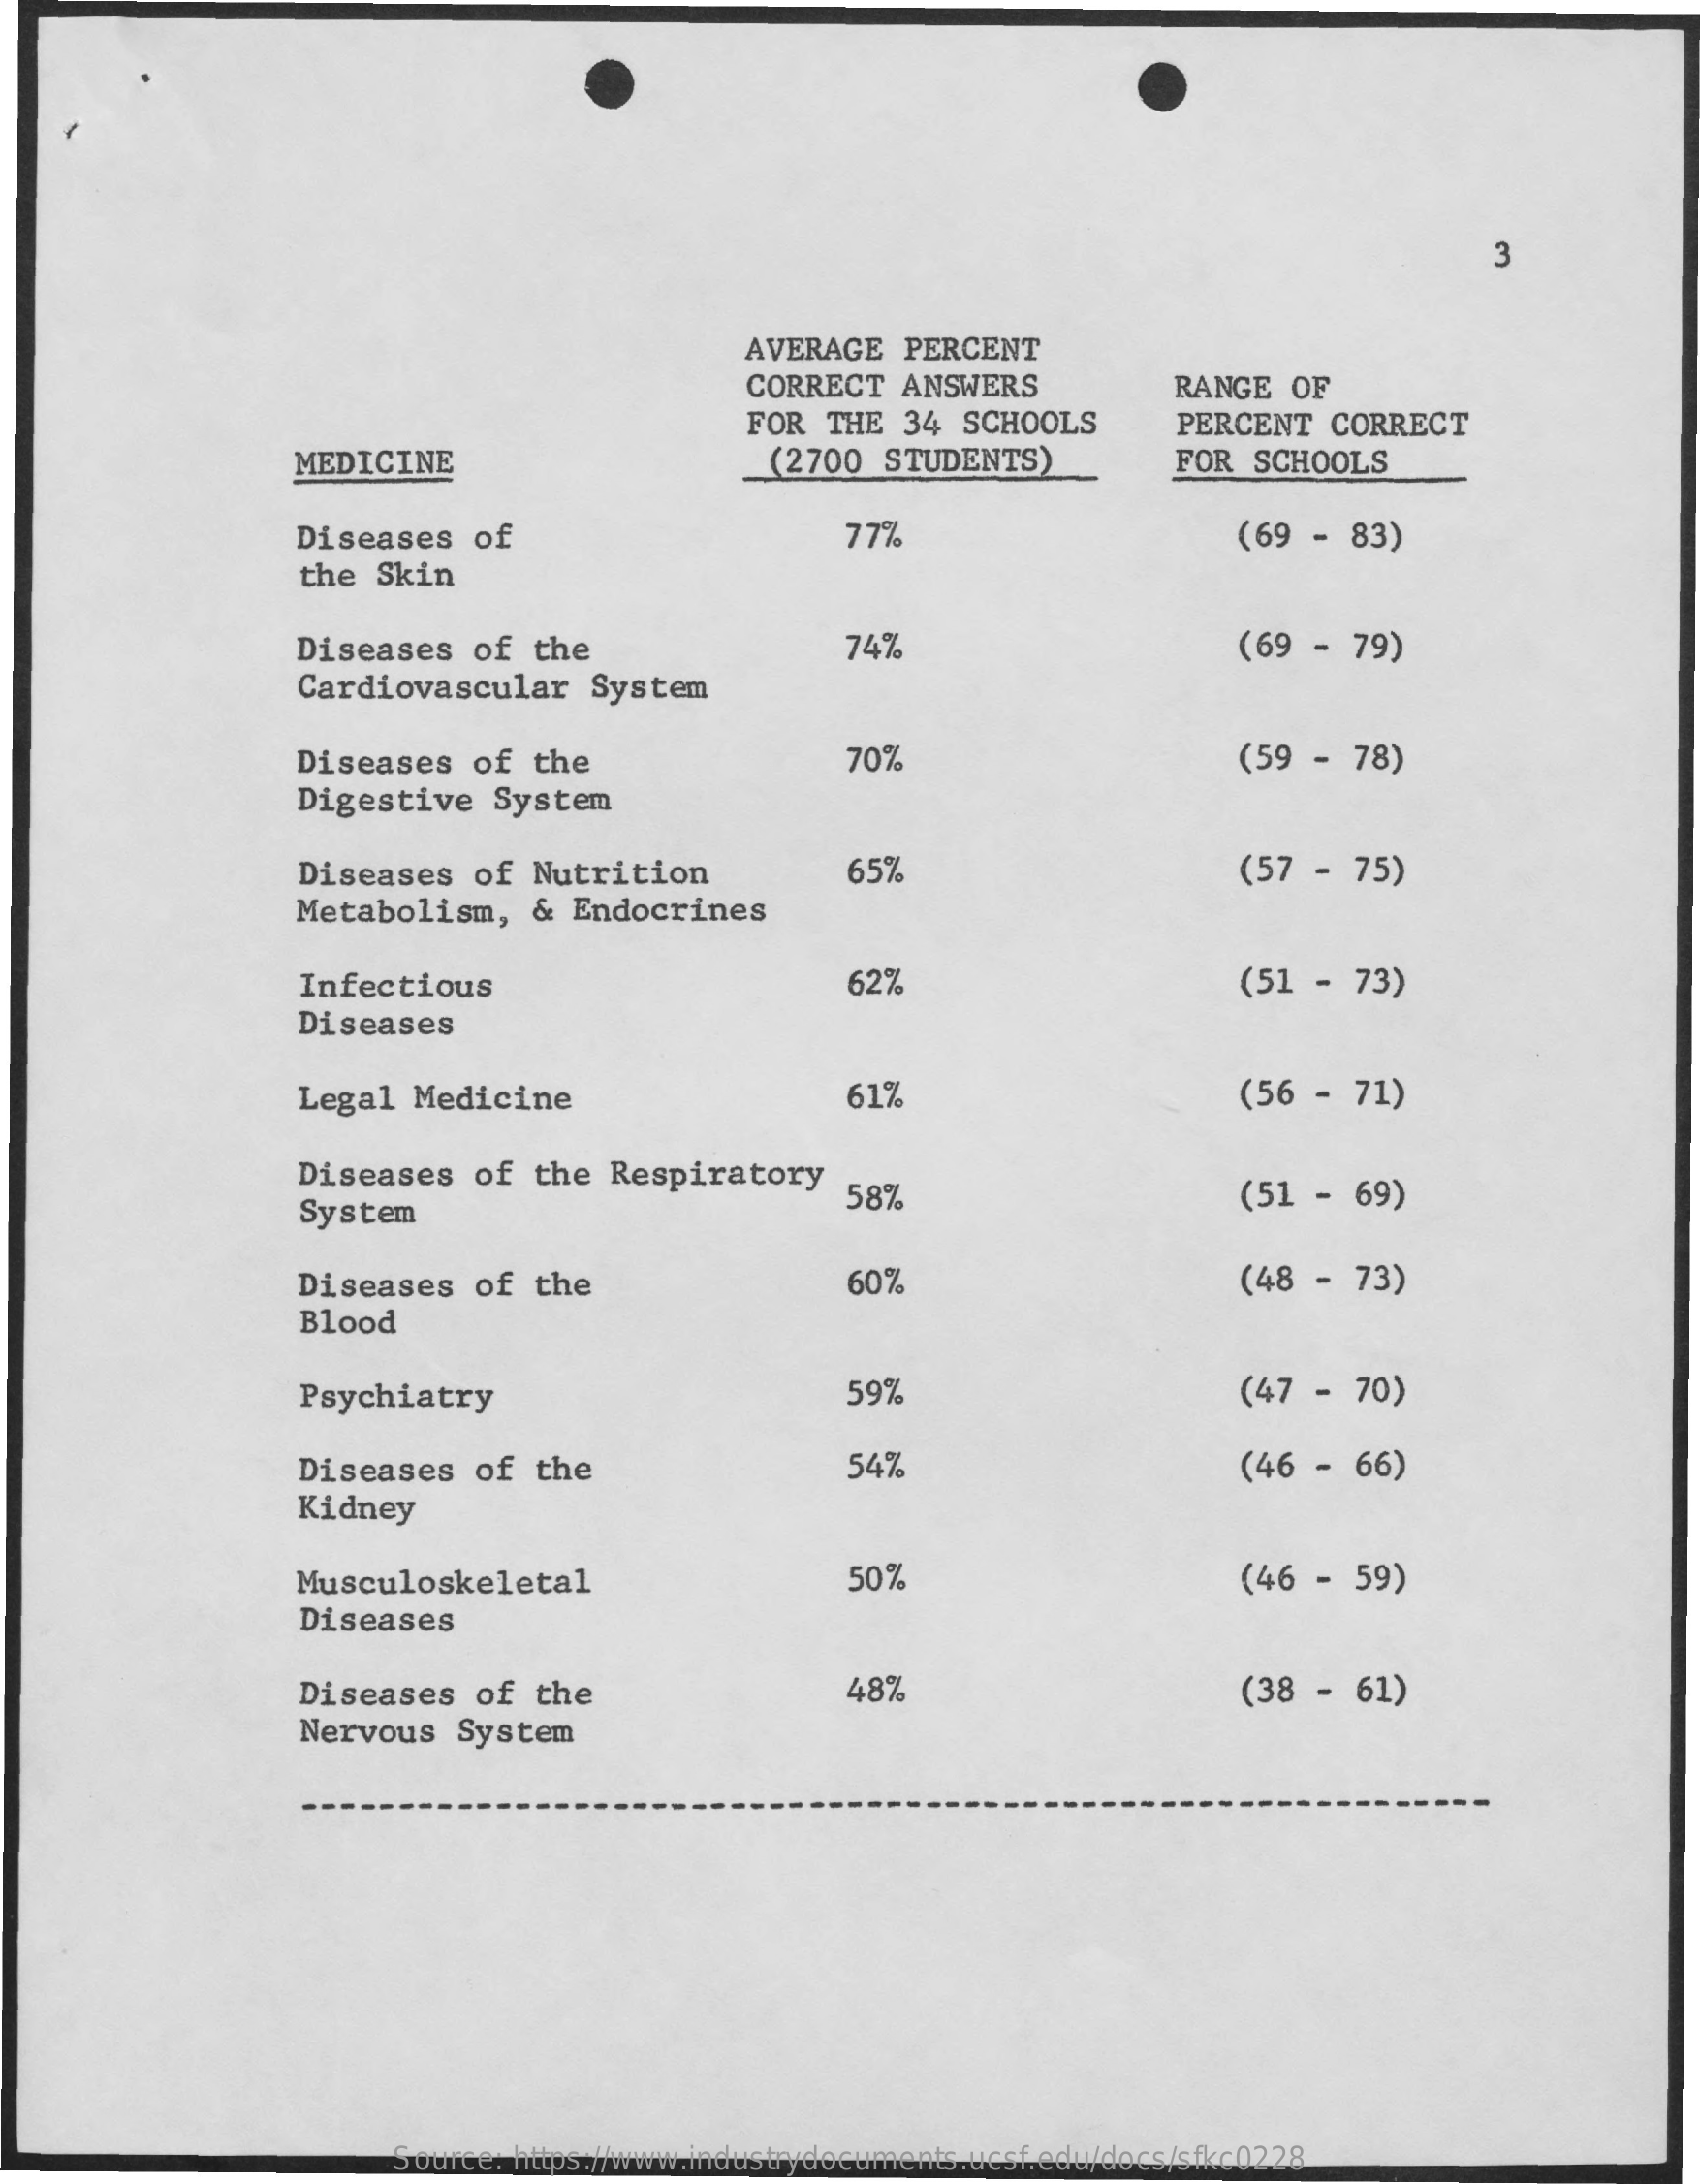
3
     AVERAGE   PERCENT
     CORRECT   ANSWERS    RANGE   OF
     FOR  THE  34 SCHOOLS    PERCENT   CORRECT
     MEDICINE    (2700  STUDENTS)    FOR  SCHOOLS
     Diseases   of    77%    (69  - 83)
     the Skin
     Diseases    of  the    74%    (69  -  79)
     Cardiovascular    System
     Diseases   of the    70%    (59 -  78)
     Digestive    System
     Diseases   of Nutrition    65%    (57 -  75)
     Metabolism,    &  Endocrines
     Infectious    62%    (51 -  73)
     Diseases
     Legal   Medicine    61%    (56  -  71)
     Diseases   of the  Respiratory
     System
     58%    (51 -  69)
     Diseases   of  the    60%    (48 -  73)
     Blood
     Psychiatry    59%    (47 -  70)
     Diseases   of  the    54%    (46  -  66)
     Kidney
     Musculoskeletal    50%    (46 -  59)
     Diseases
     Diseases   of  the    48%    (38 -  61)
     Nervous   System
     Source: https://www.industrydocuments.ucsf.edu/docs/sfkc0228